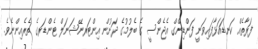
ފަރާތެއް ކަނޑައަޅާފައިވަނީ ފަންޑިންގް އެޖެންސީ ގެ ބެލުމުގެ ދަށުން އިންޓަރނޭޝަނަލް ޓެންޑަރގެ ތެރެއިންނެވެ.